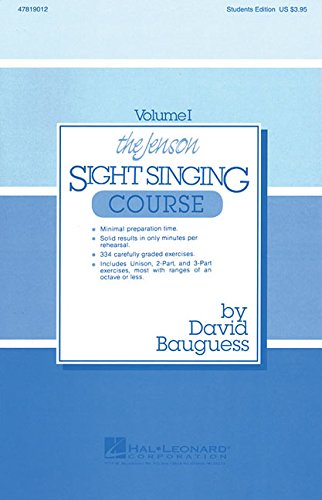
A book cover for The Jenson Sight Singing Course (Vol. I) (Methodology Chorals Singer); Teen & Young Adult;